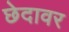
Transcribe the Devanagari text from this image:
छेदावर